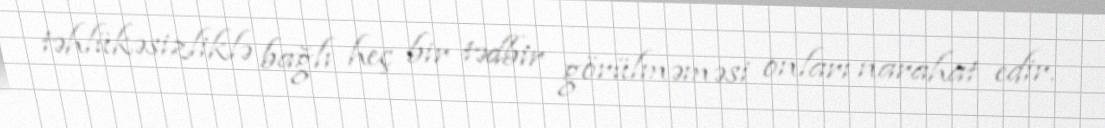
təhlükəsizliklə bağlı heç bir tədbir görülməməsi onları narahat edir.